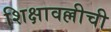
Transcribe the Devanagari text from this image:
शिक्षावल्लीची